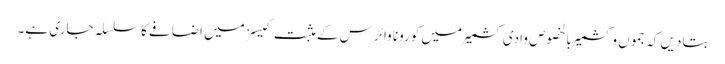
بتادیں کہ جموں وکشمیر بالخصوص وادی کشمیر میں کورونا وائرس کے مثبت کیسز میں اضافے کا سلسلہ جاری ہے۔